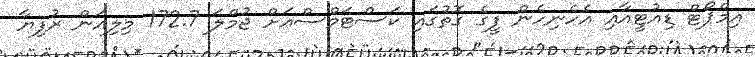
އިމްޕޯޓް ޑިއުޓީއާއި އެހެނިހެން ފީގެ ގޮތުގައި ކަސްޓަމްސްއަށް ޖުމްލަ 172.7 މިލިއަން ރުފިޔާ